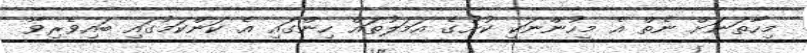
މިހާތަނަށް ނެތް އެ މީހުންނަކީ ކުށުގެ އަމަލުތައް ހިންގައި އެ ކަންކަމުގައި ބައިވެރިވާ